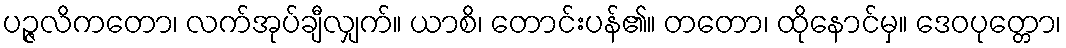
ပဉ္ဇလိကတော၊ လက်အုပ်ချီလျှက်။ ယာစိ၊ တောင်းပန်၏။ တတော၊ ထိုနောင်မှ။ ဒေဝပုတ္တော၊